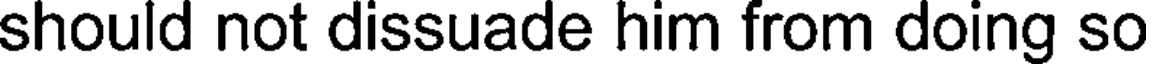
should not dissuade him from doing so